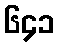
၆၄၁